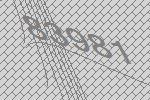
83981